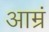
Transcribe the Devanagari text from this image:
आम्रं